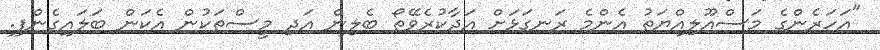
"އަހަރެންގެ މަސްއޫލިއްޔަތު އެންމެ ރަނގަޅަށް އަދާކުރެވޭތޯ ބެލިން އަދި މީސްތަކުން އެކަން ބަލައިގެންފި.